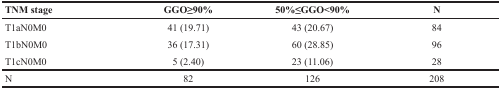
<table><thead><tr><td><b>TNM stage</b></td><td><b>GGO≥90%</b></td><td><b>50%≤GGO&lt;90%</b></td><td><b>N</b></td></tr></thead><tbody><tr><td>T1aN0M0</td><td>41 (19.71)</td><td>43 (20.67)</td><td>84</td></tr><tr><td>T1bN0M0</td><td>36 (17.31)</td><td>60 (28.85)</td><td>96</td></tr><tr><td>T1cN0M0</td><td>5 (2.40)</td><td>23 (11.06)</td><td>28</td></tr><tr><td>N</td><td>82</td><td>126</td><td>208</td></tr></tbody></table>